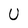
Character: U